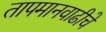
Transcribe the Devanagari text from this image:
तापमानवाढीचे